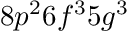
8 p ^ { 2 } 6 f ^ { 3 } 5 g ^ { 3 }